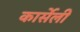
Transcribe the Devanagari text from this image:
कार्सेली